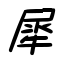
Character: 犀